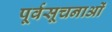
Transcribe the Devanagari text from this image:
पूर्वसूचनाओं